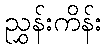
ညွှန်းကိန်း